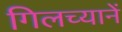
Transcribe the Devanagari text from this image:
गिलच्यानें